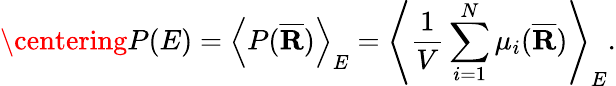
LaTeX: \centering P(E)=\left<P(\overline{{\textbf{R}}})\right>_{E}=\left<\frac{1}{V}\sum_{i=1}^{N}\mu_{i}(\overline{{\textbf{R}}})\right>_{E}.